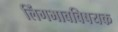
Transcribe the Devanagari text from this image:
लिंगभावविषयक